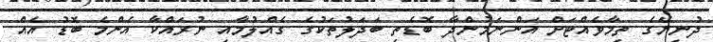
ދުނިޔޭގެ ތިމާވެއްޓަށް އަންނަމުންދާ ބޮޑެތި ބަދަލުތަކުގެ ގެއްލުމާއި ނުރައްކާ އެންމެ ބޮޑު އެއް